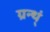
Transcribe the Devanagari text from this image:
ग्रन्थ्ं